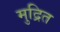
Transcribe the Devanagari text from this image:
मुद्रित